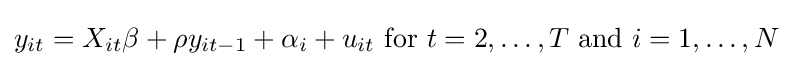
y_{it}=X_{it}\mathbf {\beta } +\rho y_{it-1}+\alpha _{i}+u_{it}{\text{ for }}t=2,\ldots ,T{\text{ and }}i=1,\ldots ,N